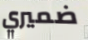
ضميري